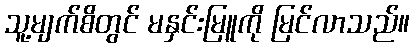
သူ့မျက်စိတွင် မနှင်းမြူကို မြင်လာသည်။